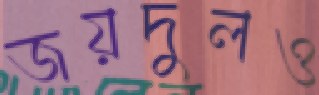
জয়দুলও